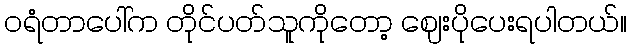
ဝရံတာပေါ်က တိုင်ပတ်သူကိုတော့ ဈေးပိုပေးရပါတယ်။